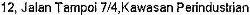
12, JALAN TAMPOI 7/4,KAWASAN PERINDUSTRIAN